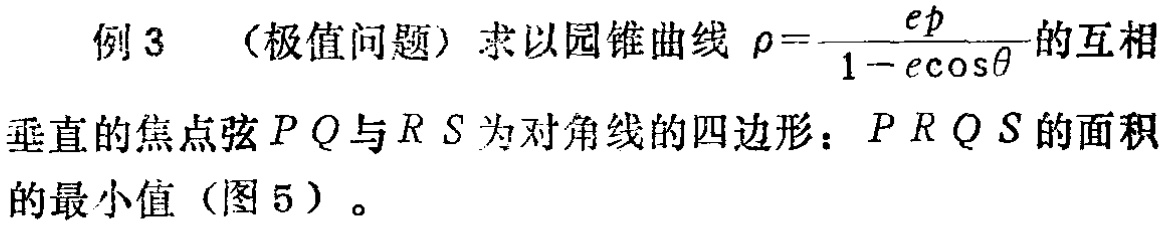
例 3 （极值问题）求以圆锥曲线\(\rho = \frac{ep}{1 - e\cos\theta}\)的互相垂直的焦点弦\(PQ\)与\(RS\)为对角线的四边形：\(PRQS\)的面积的最小值（图 5）。